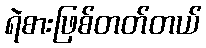
ရဲစားဖြစ်တတ်တယ်